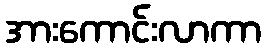
အားကောင်းလာကာ